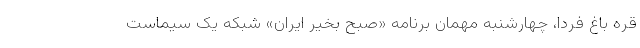
قره باغ فردا، چهارشنبه مهمان برنامه «صبح بخیر ایران» شبکه یک سیماست